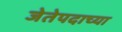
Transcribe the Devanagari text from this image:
जेतेपदाच्या